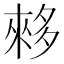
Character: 𫯓